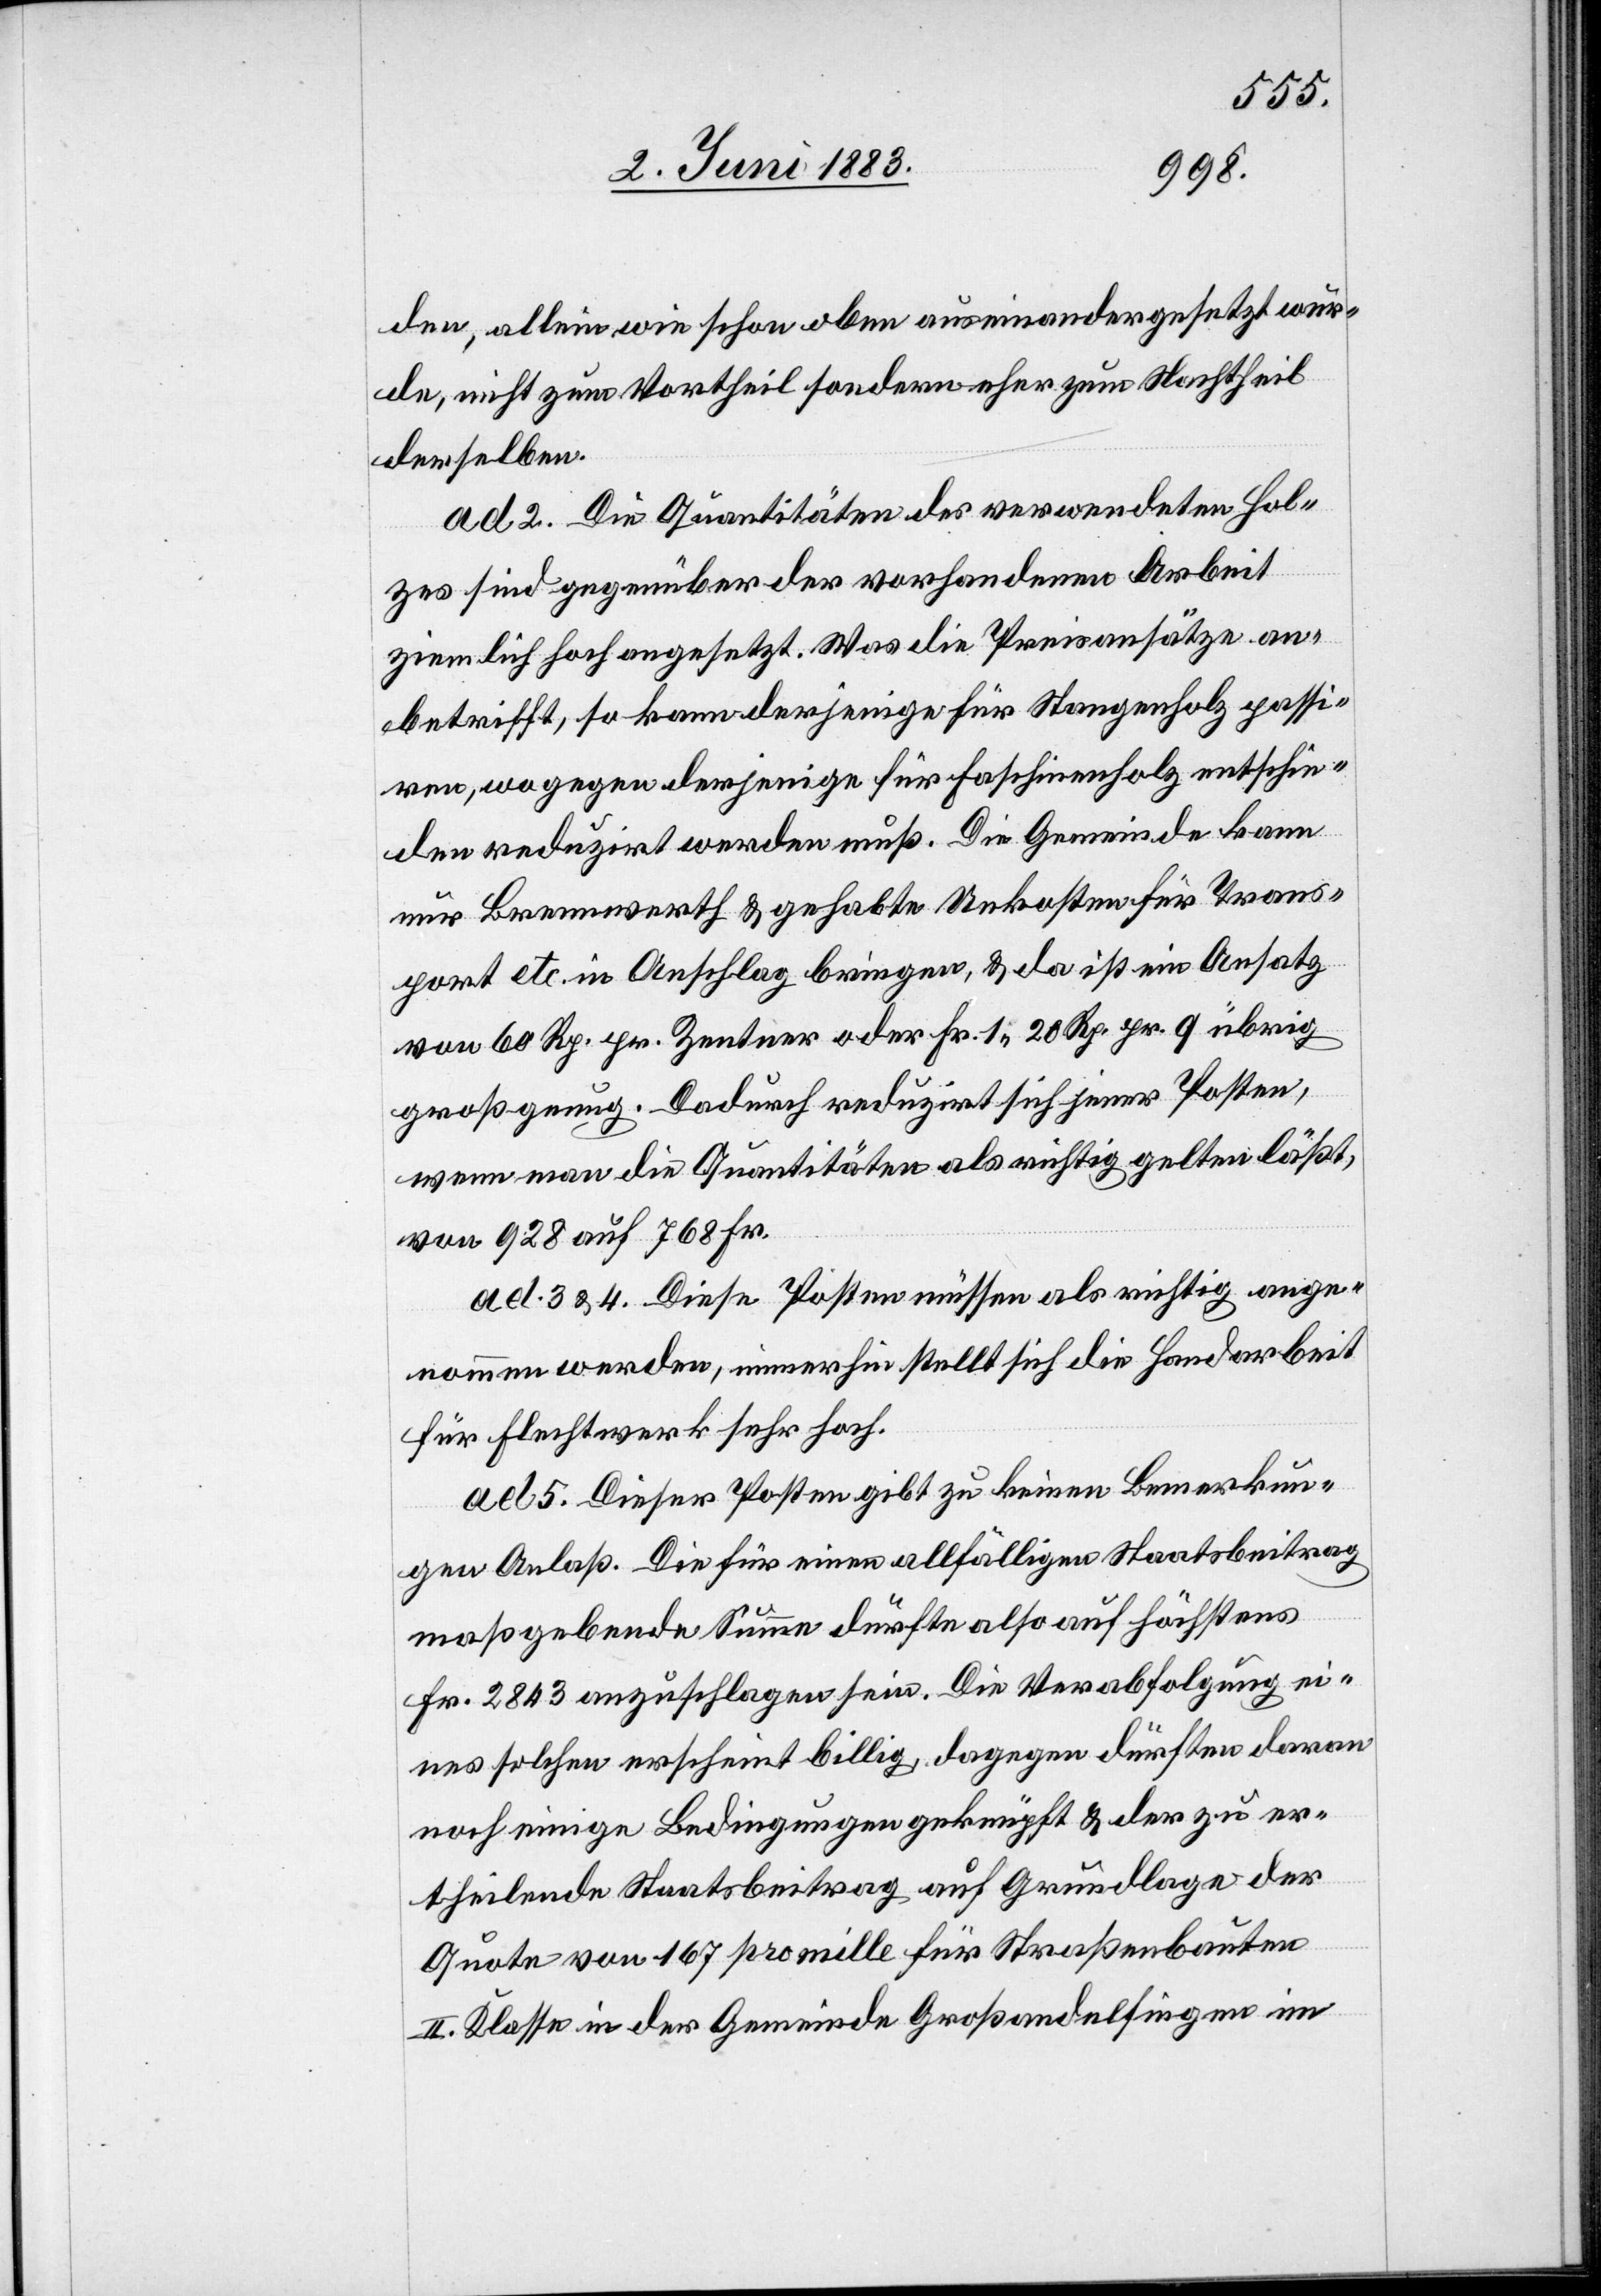
den, allein wie schon oben auseinandergesetzt wur¬
de, nicht zum Vortheil sondern eher zum Nachtheil
derselben.
ad 2. Die Quantitäten des verwendeten Hol¬
zes sind gegenüber der vorhandenen Arbeit
ziemlich hoch angesetzt. Was die Preisansätze an¬
betrifft, so kann derjenige für Stangenholz passi¬
ren, wogegen derjenige für Faschinenholz entschie¬
den reduzirt werden muß. Die Gemeinde kann
nur Brennwerth & gehabte Unkosten für Trans¬
port etc. in Anschlag bringen, & da ist ein Ansatz
von 60 Rp. pr. Zentner oder Fr. 1 20 Rp. pr. q übrig
groß genug. Dadurch reduzirt sich jener Posten,
wenn man den Quantitäten als richtig gelten läßt,
von 928 auf 768 Fr.
ad. 3 & 4. Diese Posten müssen als richtig ange¬
nommen werden, immerhin stellt sich die Handarbeit
für Flechtwerk sehr hoch.
ad. 5. Dieser Posten gibt zu keinen Bemerkun¬
gen Anlaß. Die für einen allfälligen Staatsbeitrag
maßgebende Summe dürfte also auf höchstens
Fr. 2843 anzuschlagen sein. Die Verabfolgung ei¬
nes solchen erscheint billig, dagegen dürften dann
noch einige Bedingungen geknüpft & der zu er¬
theilende Staatsbeitrag auf Grundlage der
Quote von 167 pro mille für Straßenbauten
II. Klasse in der Gemeinde Großandelfingen im